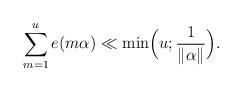
LaTeX: \begin{align*}\sum_{m=1}^{u} e(m\alpha) \ll \min\Bigl(u ; \frac{1}{\Vert \alpha\Vert}\Bigr).\end{align*}